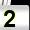
Digit: 2